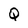
Character: Q